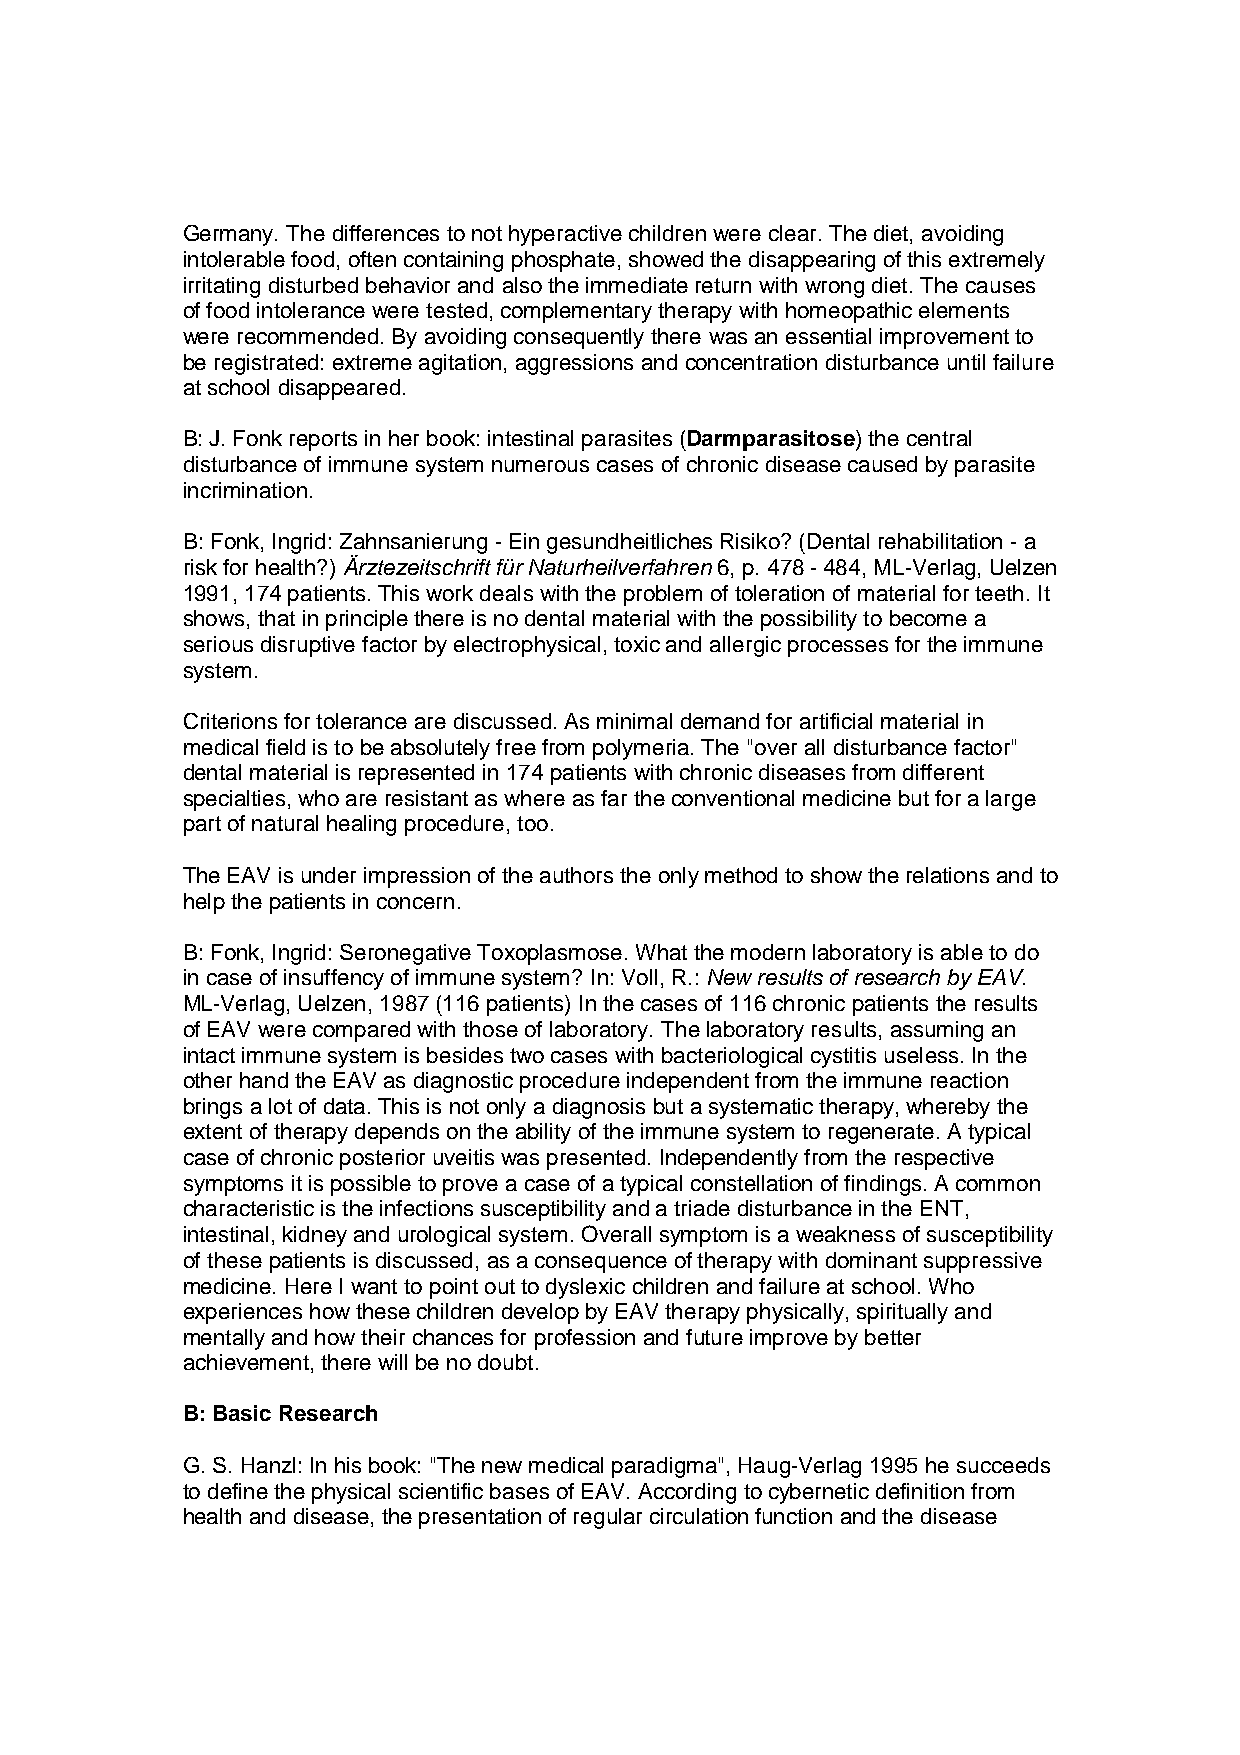
Germany. The differences to not hyperactive children were clear. The diet, avoiding
 intolerable food, often containing phosphate, showed the disappearing of this extremely
 irritating disturbed behavior and also the immediate return with wrong diet. The causes
 of food intolerance were tested, complementary therapy with homeopathic elements
 were recommended. By avoiding consequently there was an essential improvement to
 be registrated: extreme agitation, aggressions and concentration disturbance until failure
 at school disappeared.
 B: J. Fonk reports in her book: intestinal parasites (Darmparasitose) the central
 disturbance of immune system numerous cases of chronic disease caused by parasite
 incrimination.
 B: Fonk, Ingrid: Zahnsanierung - Ein gesundheitliches Risiko? (Dental rehabilitation - a
 risk for health?) Ärztezeitschrift für Naturheilverfahren 6, p. 478 - 484, ML-Verlag, Uelzen
 1991, 174 patients. This work deals with the problem of toleration of material for teeth. It
 shows, that in principle there is no dental material with the possibility to become a
 serious disruptive factor by electrophysical, toxic and allergic processes for the immune
 system.
 Criterions for tolerance are discussed. As minimal demand for artificial material in
 medical field is to be absolutely free from polymeria. The "over all disturbance factor"
 dental material is represented in 174 patients with chronic diseases from different
 specialties, who are resistant as where as far the conventional medicine but for a large
 part of natural healing procedure, too.
 The EAV is under impression of the authors the only method to show the relations and to
 help the patients in concern.
 B: Fonk, Ingrid: Seronegative Toxoplasmose. What the modern laboratory is able to do
 in case of insuffency of immune system? In: Voll, R.: New results of research by EAV.
 ML-Verlag, Uelzen, 1987 (116 patients) In the cases of 116 chronic patients the results
 of EAV were compared with those of laboratory. The laboratory results, assuming an
 intact immune system is besides two cases with bacteriological cystitis useless. In the
 other hand the EAV as diagnostic procedure independent from the immune reaction
 brings a lot of data. This is not only a diagnosis but a systematic therapy, whereby the
 extent of therapy depends on the ability of the immune system to regenerate. A typical
 case of chronic posterior uveitis was presented. Independently from the respective
 symptoms it is possible to prove a case of a typical constellation of findings. A common
 characteristic is the infections susceptibility and a triade disturbance in the ENT,
 intestinal, kidney and urological system. Overall symptom is a weakness of susceptibility
 of these patients is discussed, as a consequence of therapy with dominant suppressive
 medicine. Here I want to point out to dyslexic children and failure at school. Who
 experiences how these children develop by EAV therapy physically, spiritually and
 mentally and how their chances for profession and future improve by better
 achievement, there will be no doubt.
 B: Basic Research
 G. S. Hanzl: In his book: "The new medical paradigma", Haug-Verlag 1995 he succeeds
 to define the physical scientific bases of EAV. According to cybernetic definition from
 health and disease, the presentation of regular circulation function and the disease